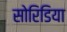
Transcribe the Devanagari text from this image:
सोरिडिया